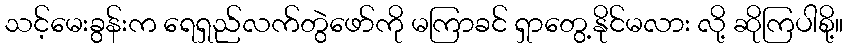
သင့်မေးခွန်းက ရေရှည်လက်တွဲဖော်ကို မကြာခင် ရှာတွေ့နိုင်မလား လို့ ဆိုကြပါစို့။